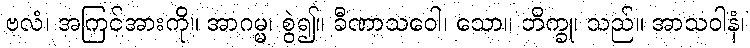
ဗလံ၊ အကြင်အားကို။ အာဂမ္မ၊ စွဲ၍။ ခီဏာသဝေါ၊ သော။ ဘိက္ခု၊ သည်။ အာသဝါနံ၊